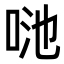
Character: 𠲨